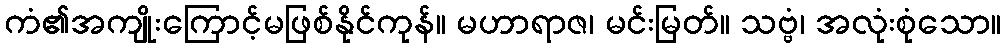
ကံ၏အကျိုးကြောင့်မဖြစ်နိုင်ကုန်။ မဟာရာဇ၊ မင်းမြတ်။ သဗ္ဗံ၊ အလုံးစုံသော။